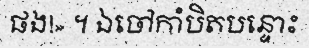
ផង!» ។ ឯចៅកាំបិតបន្ទោះ